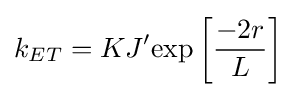
k_{ET}=KJ'\mathrm {exp} \left[{\frac {-2r}{L}}\right]